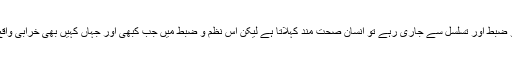
یہ نظام اگر انسانی جسم میں ایک نظم و ضبط اور تسلسل سے جاری رہے تو انسان صحت مند کہلاتا ہے لیکن اس نظم و ضبط میں جب کبھی اور جہاں کہیں بھی خرابی واقع ہوتی ہے تو مرض رونما ہو جاتا ہے۔